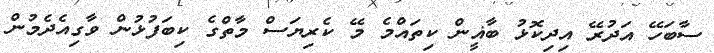
ސާބަހޭ އަދުރޭ އިދިކޮޅު ބާޣީން ކިތައްމެ މޭ ކެރިޔަސް މާތްގެ ކިބަފުޅުން ވާގިއެދެމުން